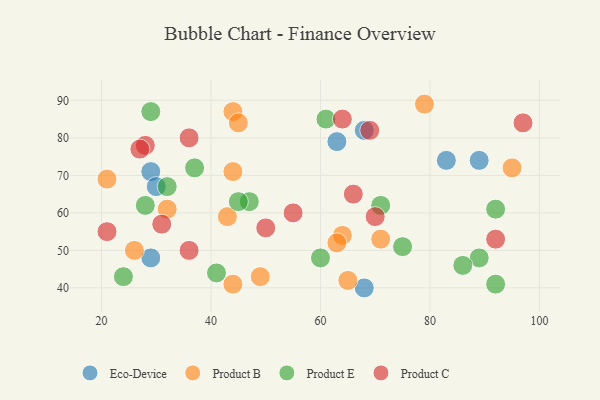
{"axis": {"x": "GDP", "y": "Life Expectancy"}, "legend": ["Eco-Device", "Product B", "Product C", "Product E"], "data": [{"x": "68", "y": 82, "type": "Eco-Device"}, {"x": "83", "y": 74, "type": "Eco-Device"}, {"x": "68", "y": 40, "type": "Eco-Device"}, {"x": "89", "y": 74, "type": "Eco-Device"}, {"x": "29", "y": 48, "type": "Eco-Device"}, {"x": "29", "y": 71, "type": "Eco-Device"}, {"x": "63", "y": 79, "type": "Eco-Device"}, {"x": "30", "y": 67, "type": "Eco-Device"}, {"x": "21", "y": 69, "type": "Product B"}, {"x": "71", "y": 53, "type": "Product B"}, {"x": "43", "y": 59, "type": "Product B"}, {"x": "44", "y": 71, "type": "Product B"}, {"x": "32", "y": 61, "type": "Product B"}, {"x": "26", "y": 50, "type": "Product B"}, {"x": "49", "y": 43, "type": "Product B"}, {"x": "79", "y": 89, "type": "Product B"}, {"x": "44", "y": 87, "type": "Product B"}, {"x": "95", "y": 72, "type": "Product B"}, {"x": "64", "y": 54, "type": "Product B"}, {"x": "45", "y": 84, "type": "Product B"}, {"x": "63", "y": 52, "type": "Product B"}, {"x": "44", "y": 41, "type": "Product B"}, {"x": "65", "y": 42, "type": "Product B"}, {"x": "92", "y": 61, "type": "Product E"}, {"x": "29", "y": 87, "type": "Product E"}, {"x": "47", "y": 63, "type": "Product E"}, {"x": "60", "y": 48, "type": "Product E"}, {"x": "24", "y": 43, "type": "Product E"}, {"x": "28", "y": 62, "type": "Product E"}, {"x": "89", "y": 48, "type": "Product E"}, {"x": "86", "y": 46, "type": "Product E"}, {"x": "71", "y": 62, "type": "Product E"}, {"x": "41", "y": 44, "type": "Product E"}, {"x": "75", "y": 51, "type": "Product E"}, {"x": "37", "y": 72, "type": "Product E"}, {"x": "45", "y": 63, "type": "Product E"}, {"x": "32", "y": 67, "type": "Product E"}, {"x": "61", "y": 85, "type": "Product E"}, {"x": "92", "y": 41, "type": "Product E"}, {"x": "70", "y": 59, "type": "Product C"}, {"x": "50", "y": 56, "type": "Product C"}, {"x": "64", "y": 85, "type": "Product C"}, {"x": "28", "y": 78, "type": "Product C"}, {"x": "36", "y": 80, "type": "Product C"}, {"x": "36", "y": 50, "type": "Product C"}, {"x": "92", "y": 53, "type": "Product C"}, {"x": "66", "y": 65, "type": "Product C"}, {"x": "69", "y": 82, "type": "Product C"}, {"x": "97", "y": 84, "type": "Product C"}, {"x": "27", "y": 77, "type": "Product C"}, {"x": "31", "y": 57, "type": "Product C"}, {"x": "21", "y": 55, "type": "Product C"}, {"x": "55", "y": 60, "type": "Product C"}]}